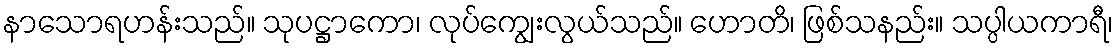
နာသောရဟန်းသည်။ သုပဋ္ဌာကော၊ လုပ်ကျွေးလွယ်သည်။ ဟောတိ၊ ဖြစ်သနည်း။ သပ္ပါယကာရီ၊